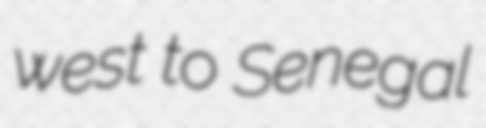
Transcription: west to Senegal